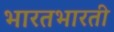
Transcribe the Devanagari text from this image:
भारतभारती